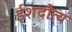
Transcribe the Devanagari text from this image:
ईशदौत्य